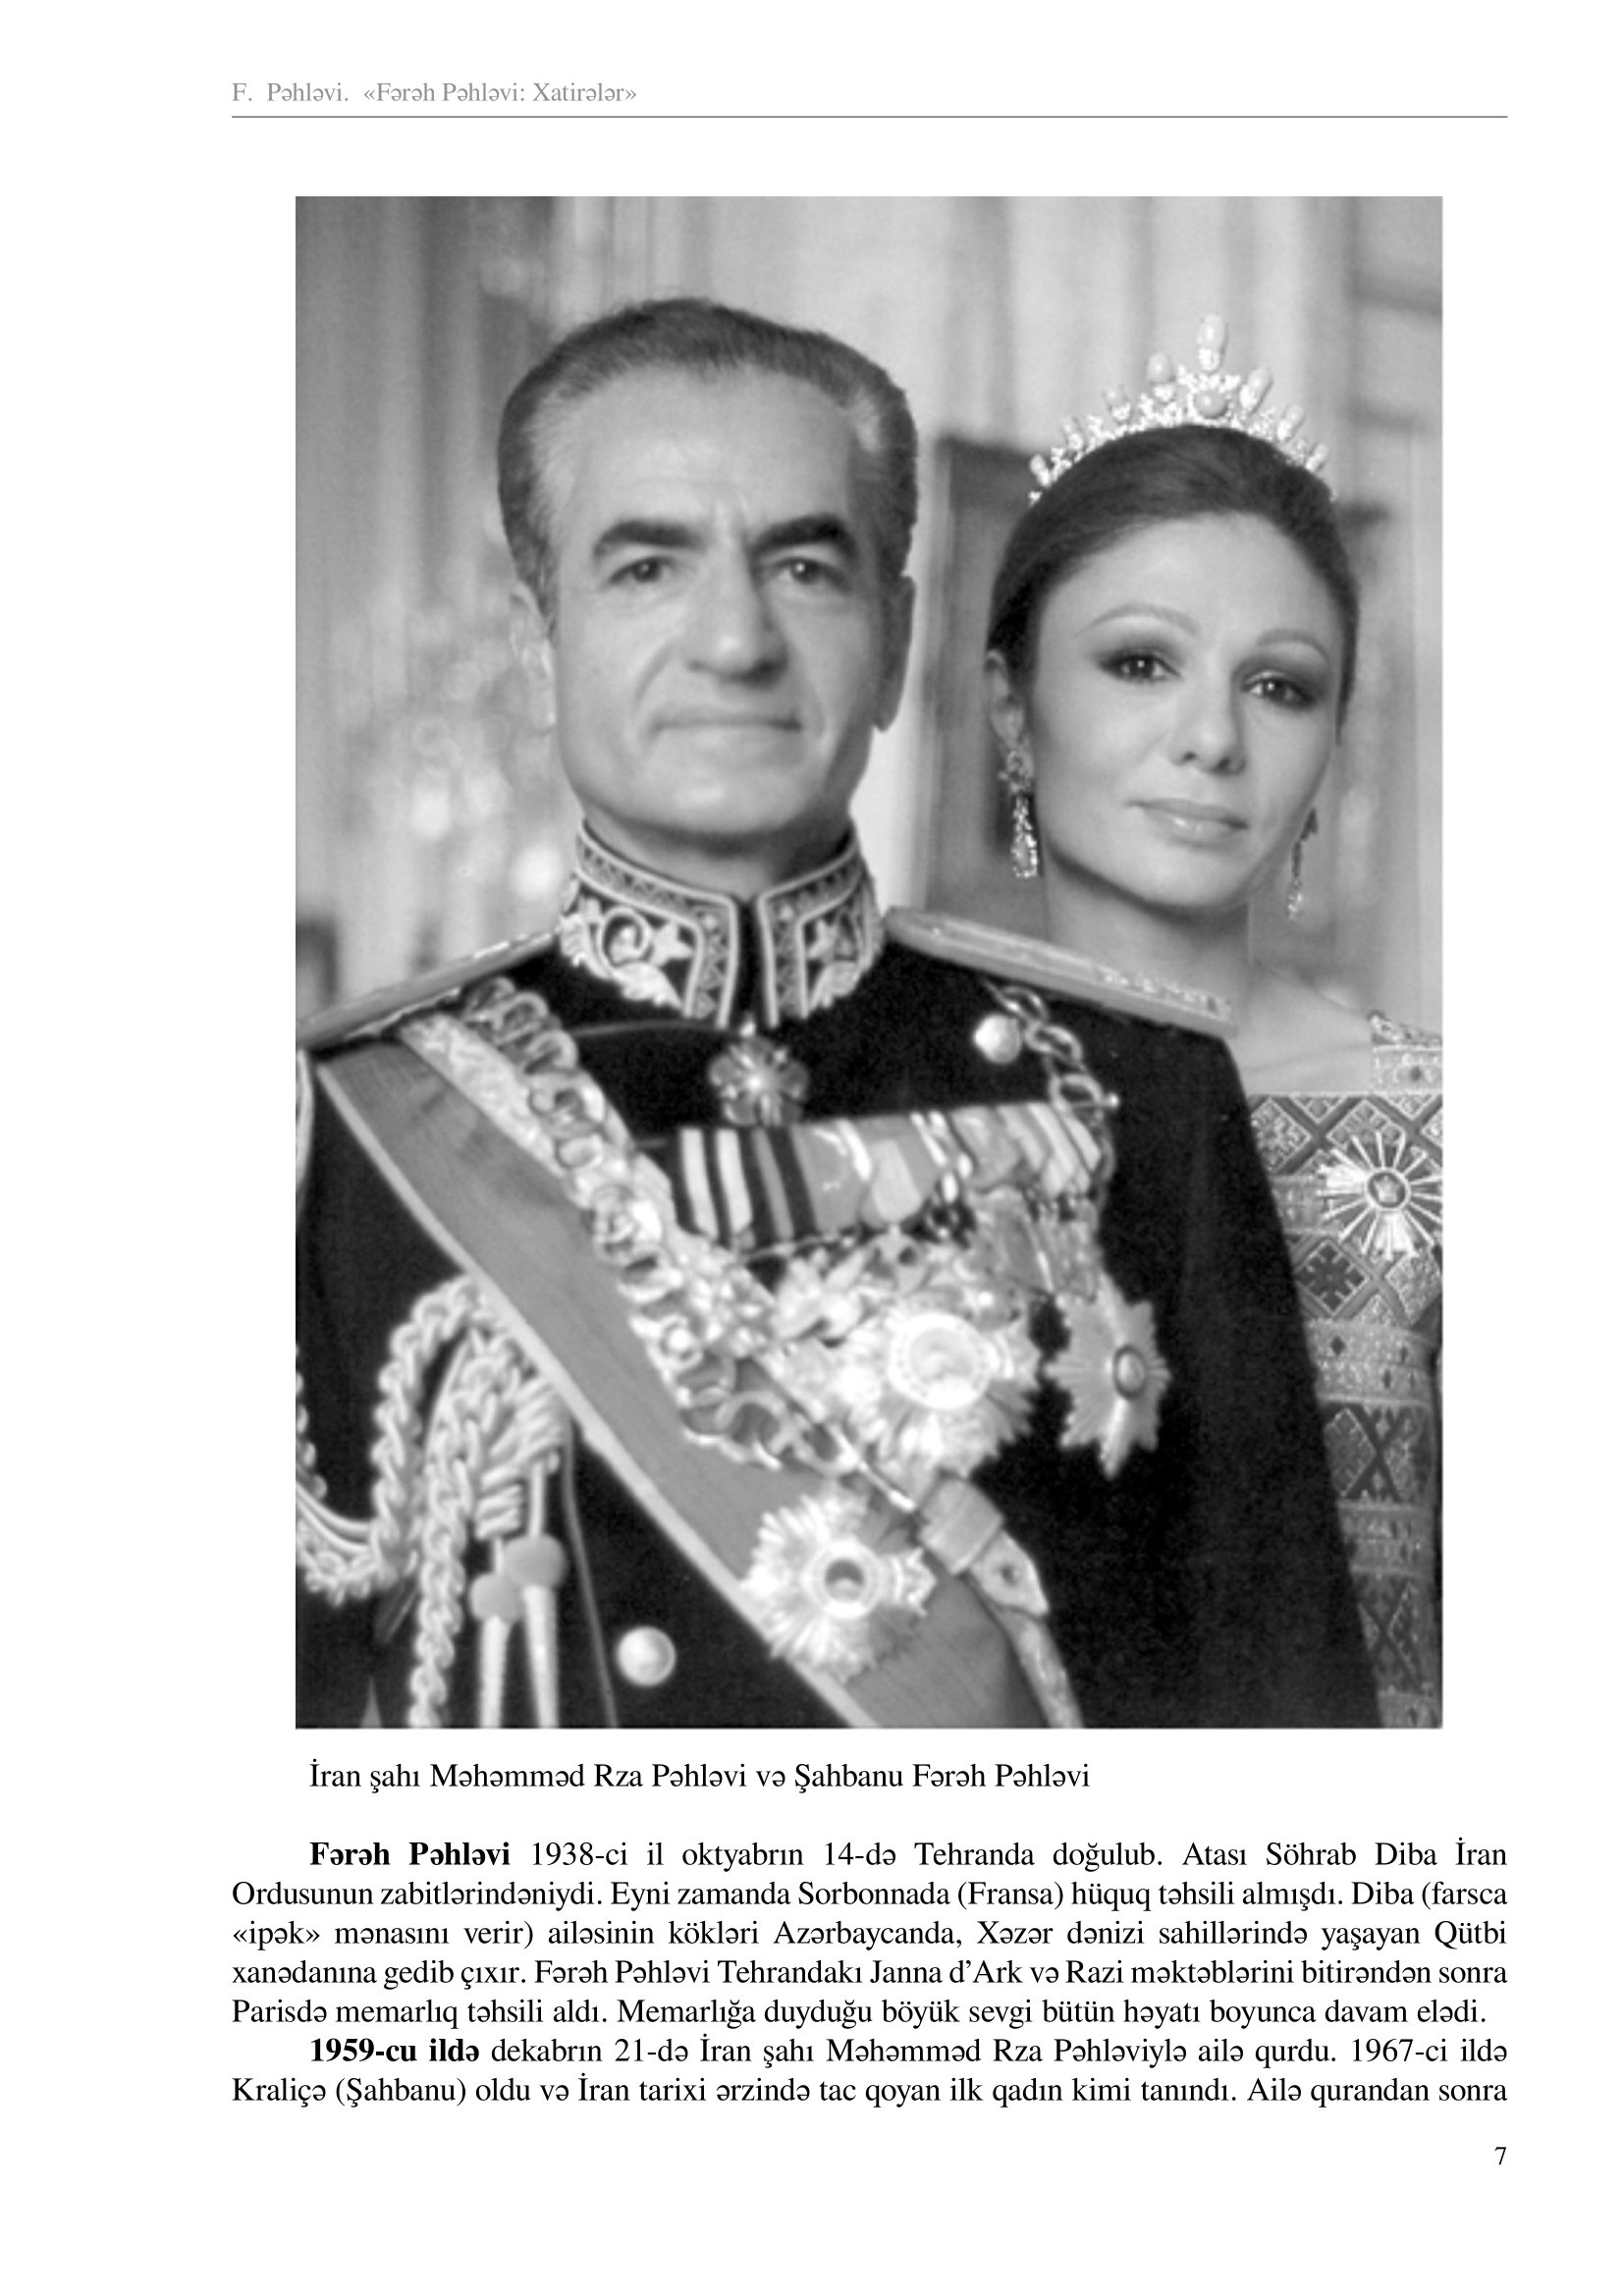
Language: az